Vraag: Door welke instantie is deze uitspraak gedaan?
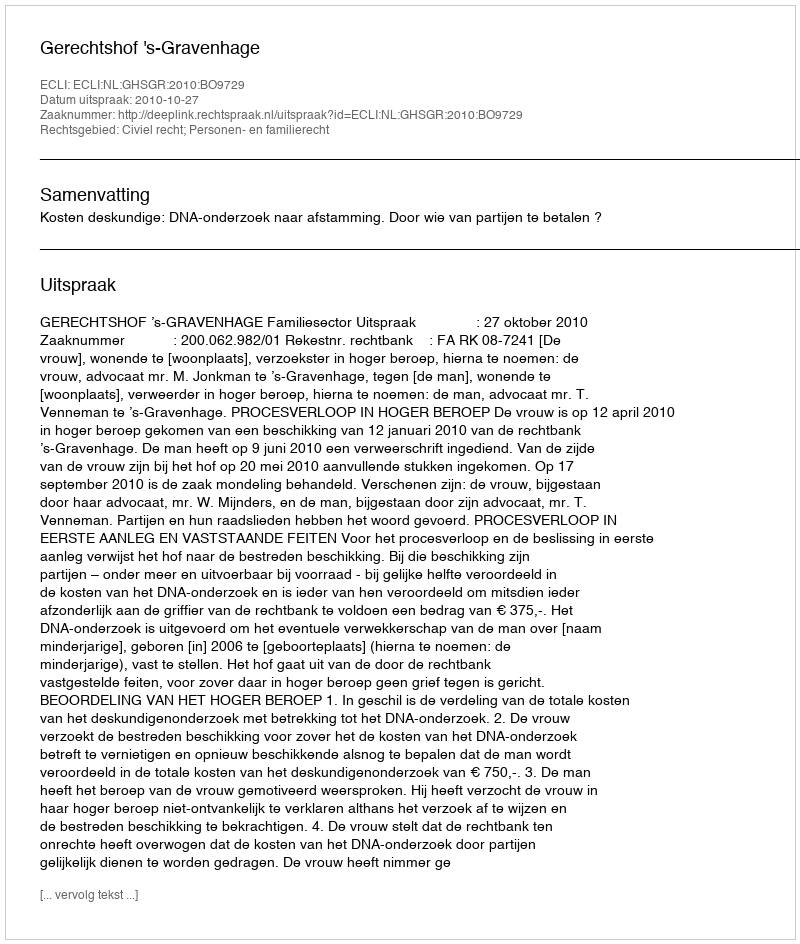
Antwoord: Gerechtshof 's-Gravenhage